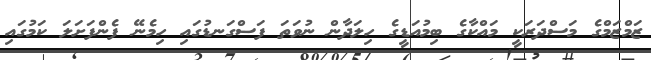
ޒަމްޒަމްގެ މަސްދަރަކީ މައްކާގެ ބިމުއަޑީގެ ހިލަދާން ނުވަތަ ފަސްގަނޑުގައި ހިމެނޭ ފެންފަށަލަ ކަމުގައި